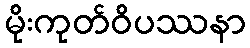
မိုးကုတ်ဝိပဿနာ